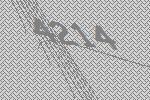
4214